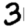
Digit: 3